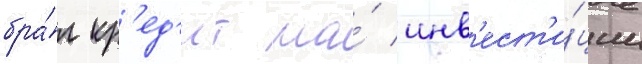
бра́л кр'ед'ит на́ инв'ест'и́ции